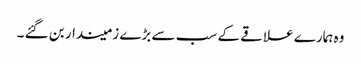
وہ ہمارے علاقے کے سب سے بڑے زمیندار بن گئے ۔